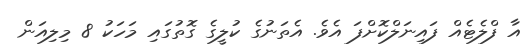
އާ ފްލެޓެއް ފައިނަލްކޮށްފަ އެވެ. އެތަނުގެ ކުލީގެ ގޮތުގައި މަހަކު 8 މިލިއަން